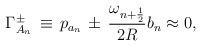
LaTeX: \begin{align*}\Gamma_{A_{n}}^{\pm}\,\equiv\,p_{a_{n}}\,\pm \,\frac{\omega_{n + \frac{1}{2}}}{2R} b_{n} \approx 0,\end{align*}